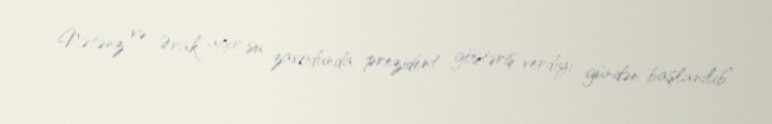
Nətənz və Ərak ağır su zavodunda prezident göstəriş verdiyi gündən başlanılıb”.